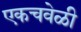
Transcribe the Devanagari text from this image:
एकचवेळी